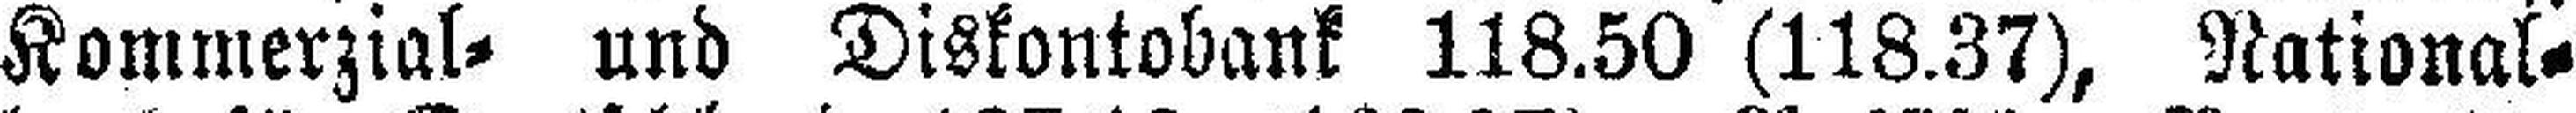
Kommerzial= und Diskontobank 118.50 (118.37), National¬